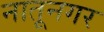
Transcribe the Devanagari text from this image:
नातूनगर